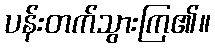
ပန်းတက်သွားကြ၏။